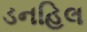
ડનહિલ